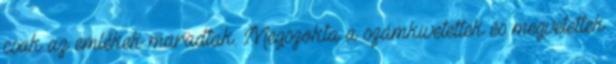
csak az emlékek maradtak. Megszokta a számkivetettek és megvetettek